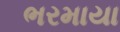
ભરમાયા